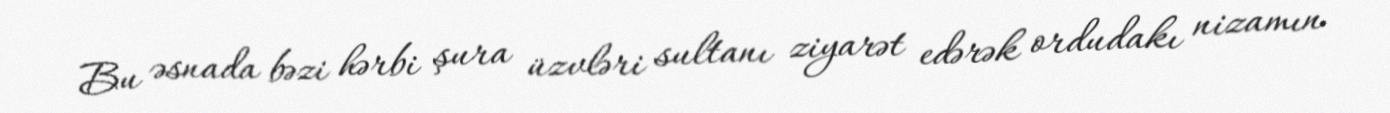
Bu əsnada bəzi hərbi şura üzvləri sultanı ziyarət edərək ordudakı nizamın